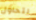
لتحاول